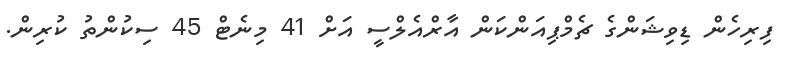
ފިރިހެން ޑިވިޝަންގެ ޗެމްޕިއަންކަން އާރްއެލްސީ އަށް 41 މިނެޓް 45 ސިކުންތު ކުރިން.